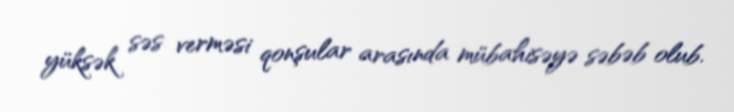
yüksək səs verməsi qonşular arasında mübahisəyə səbəb olub.